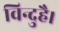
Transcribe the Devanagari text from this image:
विन्दुहै।